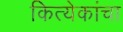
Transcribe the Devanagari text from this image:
कित्येकांचा